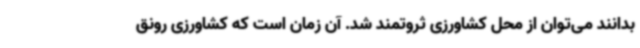
بدانند می‌توان از محل کشاورزی ثروتمند شد. آن زمان است که کشاورزی رونق